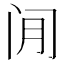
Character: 𫔮